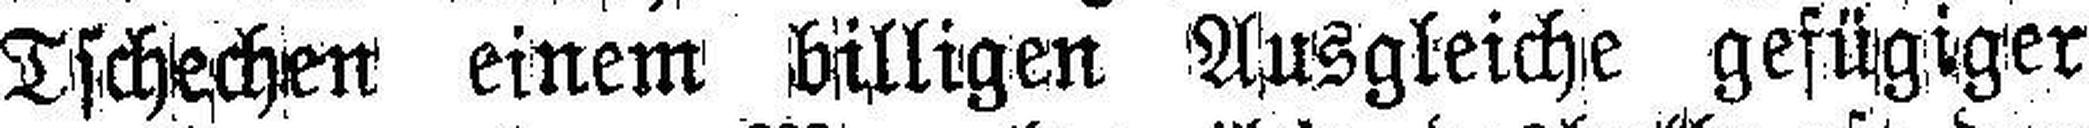
Tschechen einem billigen Ausgleiche gefügiger